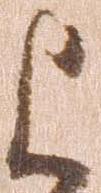
上